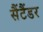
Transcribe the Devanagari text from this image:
सैंटैंडर